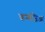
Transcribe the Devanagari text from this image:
कन्गजिआ